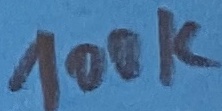
Text: 100K